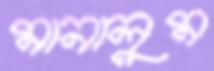
মানালুম